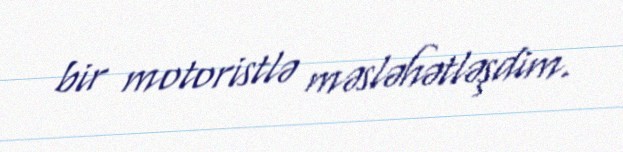
bir motoristlə məsləhətləşdim.